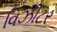
વિઝીટર